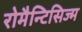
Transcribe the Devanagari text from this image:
रोमैन्टिसिज्म